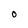
Character: 0